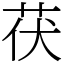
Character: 茯